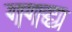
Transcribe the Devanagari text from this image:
गगद्य